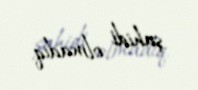
şahidi olmadıq.